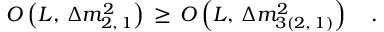
{ \cal O } \left( L , \, \Delta m _ { 2 , \, 1 } ^ { 2 } \right) \, \ge \, { \cal O } \left( L , \, \Delta m _ { 3 ( 2 , \, 1 ) } ^ { 2 } \right) \quad .